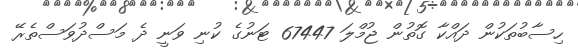
ހިސާބުތަކުން ދައްކާ ގޮތުން ޖުމްލަ 67447 ޓަނުގެ ކުނި ވަނީ ދެ މަސްދުވަސްތެރޭ